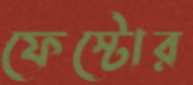
ফেস্টোর